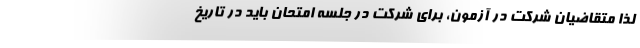
لذا متقاضیان شرکت در آزمون، برای شرکت در جلسه امتحان باید در تاریخ